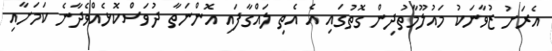
އެރަށު ޒުވާނަކު މައުލޫމާތުދިން ގޮތުގައި އެ އެތި ލައްގާފައި އޮންނަތާ ދުވަސްކޮޅެއްވެދާނެ ކަމަށާއި